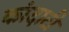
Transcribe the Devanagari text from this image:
कांदाटी